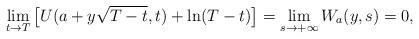
LaTeX: \begin{align*}\lim_{t \to T} \big[U(a + y\sqrt{T-t},t) + \ln(T-t)\big] = \lim_{s \to +\infty} W_a(y,s) = 0,\end{align*}